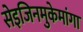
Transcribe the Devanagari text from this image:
सेइजिनमुकेमांगा